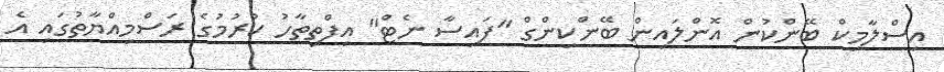
އިސްލާމިކް ބޭންކުން އޮންލައިން ބޭންކިންގް "ފައިސާ ނެޓް" އިފްތިތާހު ކުރުމުގެ ރަސްމިއްޔާތުގައި އެ